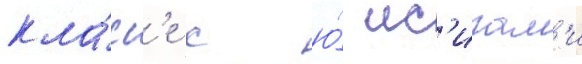
кла́сс'е с ю́ ис'игам'и